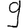
Digit: 9